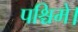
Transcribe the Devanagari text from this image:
पश्चिमे।